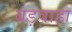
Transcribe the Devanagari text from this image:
बड़वाहा